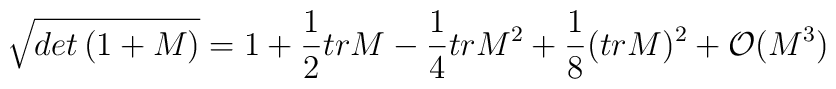
\sqrt{det \left( 1+M \right)}=1+\frac{1}{2}tr M -\frac{1}{4} trM^2 +\frac{1}{8} (tr M)^2 +{\cal O}(M^3)